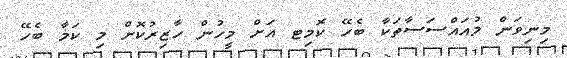
މިނިވަން މުއައްސަސާތަކާ ބެހޭ ކޮމިޓ އަށް މީހުން ހާޒިރުކޮށް މި ކަމާ ބެހޭ